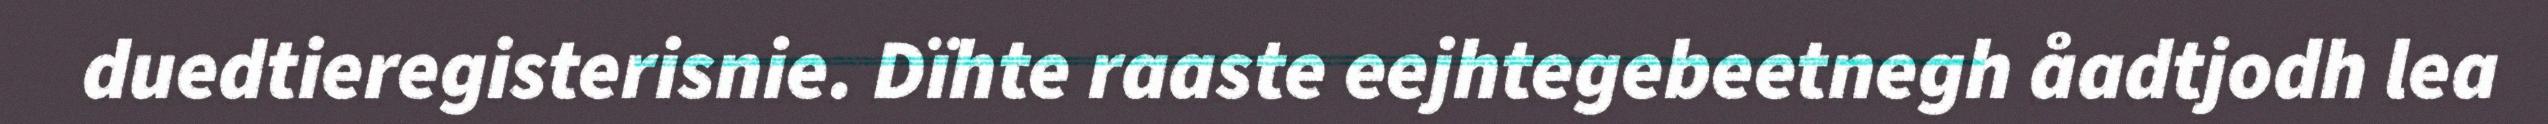
duedtieregisterisnie. Dïhte raaste eejhtegebeetnegh åadtjodh lea